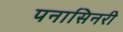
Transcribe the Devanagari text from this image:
पनासिनरी